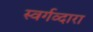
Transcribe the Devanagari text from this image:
स्वर्गव्दारा